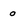
Character: 0